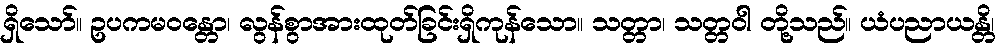
ရှိသော်။ ဥပကမဝန္တော၊ လွန်စွာအားထုတ်ခြင်းရှိကုန်သော။ သတ္တာ၊ သတ္တဝါ တို့သည်။ ယံပညာယန္တိ၊